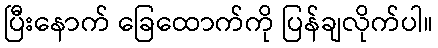
ပြီးနောက် ခြေထောက်ကို ပြန်ချလိုက်ပါ။